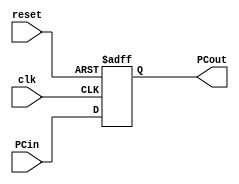
module pc(PCin, clk, reset,PCout);
input [7:0] PCin;
input clk, reset;
output reg [7:0]PCout;
always @(posedge clk, negedge reset )
begin //if reset == 0, make PC = 0
if(reset == 0)
PCout <=0;
else //incerement PC by 4
PCout <= PCin;
end
endmodule